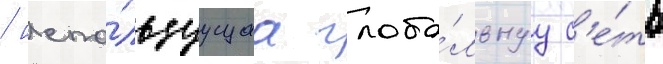
/ испо́льзуущаа глоба́льнуу с'е́ть